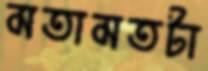
মতামতটা